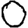
Digit: 0